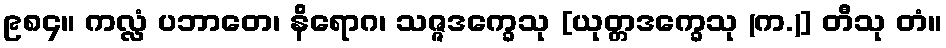
၉၈၄။ ကလ္လံ ပဘာတေ၊ နိရောဂ၊ သဇ္ဇဒက္ခေသု [ယုတ္တဒက္ခေသု (က.)] တီသု တံ။